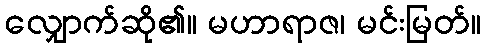
လျှောက်ဆို၏။ မဟာရာဇ၊ မင်းမြတ်။